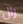
رال